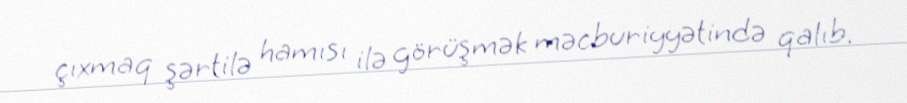
çıxmaq şərtilə hamısı ilə görüşmək məcburiyyətində qalıb.